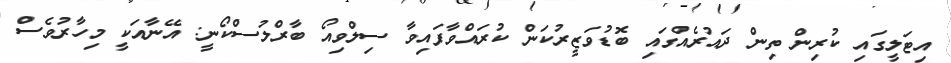
އިޓަލީގައި ކުރިން ތިން ދައުރެއްގައި ބޮޑުވަޒީރުކަން ކުރައްވާފައިވާ ސިލްވިއޯ ބާރްލުސްކޯނީ: އޭނާއަކީ މިހާރުވެސް